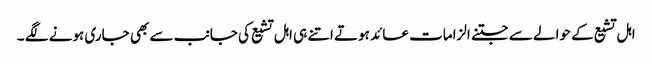
اہل تشیع کے حوالے سے جتنے الزامات عائد ہوتے اتنے ہی اہل تشیع کی جانب سے بھی جاری ہونے لگے ۔